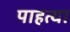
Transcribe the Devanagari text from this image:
पाहत्या